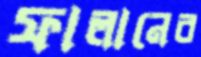
ফালানের